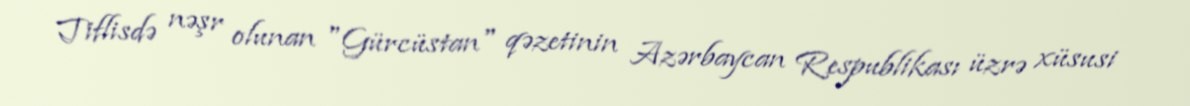
Tiflisdə nəşr olunan "Gürcüstan" qəzetinin Azərbaycan Respublikası üzrə xüsusi